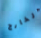
والخارج